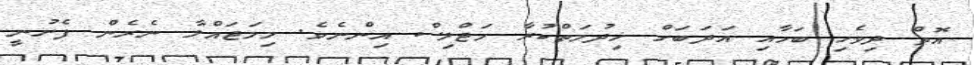
އޮތް ދިވެހި ބަހާއި އަދަބަށް ޚިދުމަތްކުރާ މަޖްލިސް އިންނެވެ. މިމަޖައްލާ ނެރެން ފެށުނީ